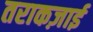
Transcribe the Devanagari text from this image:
तराकज़ाई